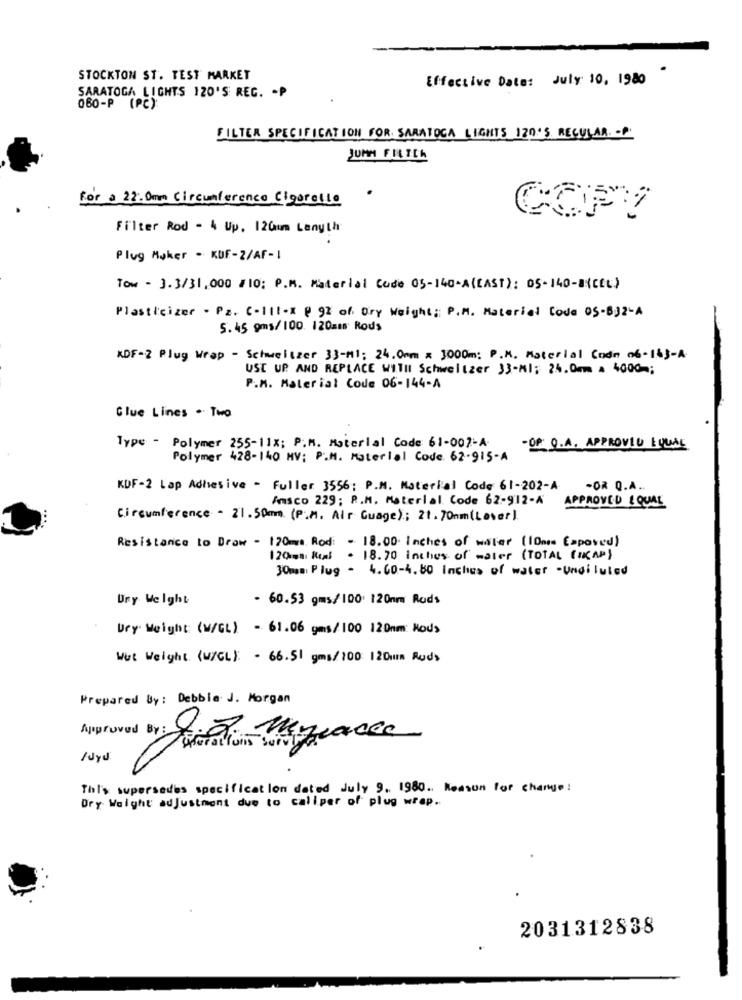
STOCKTON ST. TEST MARKET
Effective Date: July 10, 1980
SARATOGA LIGHTS 120'S REG. - P
060-P (PC):
FILTER SPECIFICATION FOR SARATOGA LIGHTS 120'S REGULAR. -
JUMM FILTER
for a 22: 0mm Circumference Cigarette
COPY
Filter Rod - 4 Up. 120mm Lenyth
Plug Maker - KDF-2/AF- 1
Tow - 3.3/31,000 /10; P.M. Material Code 05-140-A(EAST): 05-140-8(CEE)
Plasticizer - Pz. C-111-x @ 92 of Dry Weight: P.M. Material Code 05-832-A
5.45 9ms/100 120mm Rods
KDF-2 Plug Wrap - Schweitzer 33-M1: 24.0mm x 3000m: P.M. Material Code 06-163-A
USE UP AND REPLACE WITHI Schweitzer 33-Ml; 24.0mm a 4000 -;
P.M. Material Code 06-144-A
Glue Lines . Two
Type - Polymer 255-11%; P.M. Material Code 61-007-A-
-OP Q.A. APPROVED EUUNE
Polymer 428-140 MV: P.M. Material Code. 62-915-A
KDF-2 Lap Adhesive - Fuller 3556; P.M. Material Code 61-202-A
-OR Q.A.
Ansco 229; R.M. Material. Code 62-912-4
APPROVED LOUAL
Circumference - 21.50mm (P.M. Air Guage): 21.70nm (Lover).
Resistance to Draw - 120mgs Rodi - 18.00 Inches of wiler (IOme Espoved)
120ms Reul . 18.70 inches of maler (TOTAL (MAP)
30mm Plug - 4.60-4.50 Inches of water -Undiluted
Ury Weight
- 60.53 gms/100 120mm Rods
Dry Weight: (w/GL) - 61.06 gms/100 120mm: Mod>
Wut Weight. (W/GL): - 66.51 gms/100: 120mm Rods
Prepared By: Debbie J. Morgan
This supersedes specification dated July 9. 1980 .. Reason for change:
Dry Weight adjustment due to caliper of plug wrap ..
2031312838